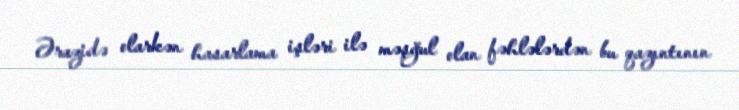
Ərazidə olarkən hasarlama işləri ilə məşğul olan fəhlələrdən bu qazıntının